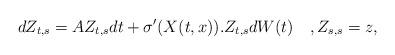
LaTeX: \begin{align*}dZ_{t,s}=AZ_{t,s}dt+\sigma'(X(t,x)).Z_{t,s}dW(t) \quad,Z_{s,s}=z,\end{align*}